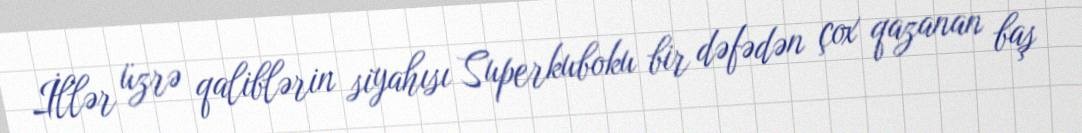
İllər üzrə qaliblərin siyahısı Superkuboku bir dəfədən çox qazanan baş